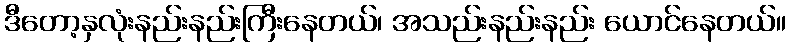
ဒီတော့နှလုံးနည်းနည်းကြီးနေတယ်၊ အသည်းနည်းနည်း ယောင်နေတယ်။